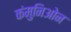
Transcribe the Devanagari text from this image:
कंमुनिओन